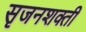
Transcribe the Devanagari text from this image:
सृजनशक्ती